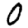
Digit: 0